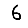
Digit: 6